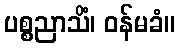
ပစ္စညာသိံ၊ ဝန်မခံ။